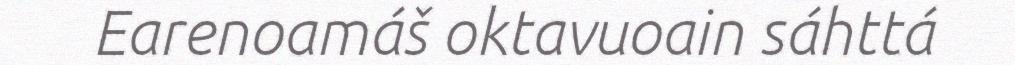
Earenoamáš oktavuoain sáhttá